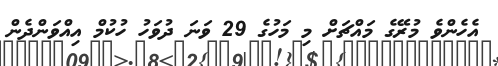
އެހެންވެ މުރޭގެ މައްޗަށް މި މަހުގެ 29 ވަނަ ދުވަހު ހުކުމް އިއްވަންދެން